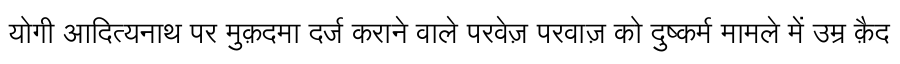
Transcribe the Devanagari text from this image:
योगी आदित्यनाथ पर मुक़दमा दर्ज कराने वाले परवेज़ परवाज़ को दुष्कर्म मामले में उम्र क़ैद